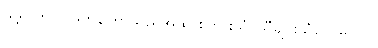
သို့ရာတွင် အတန်ကြာသည်အထိ စကားသံ၊ သီချင်းသံပေါ်မလာ။